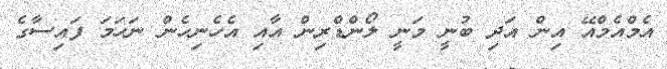
އެމްއެމްއޭ އިން އަދި ބުނީ މަނީ ލޯންޑްރިން އާއި އެހެނިހެން ނަހަމަ ފައިސާގެ